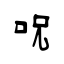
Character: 呪